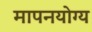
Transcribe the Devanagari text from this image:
मापनयोग्य